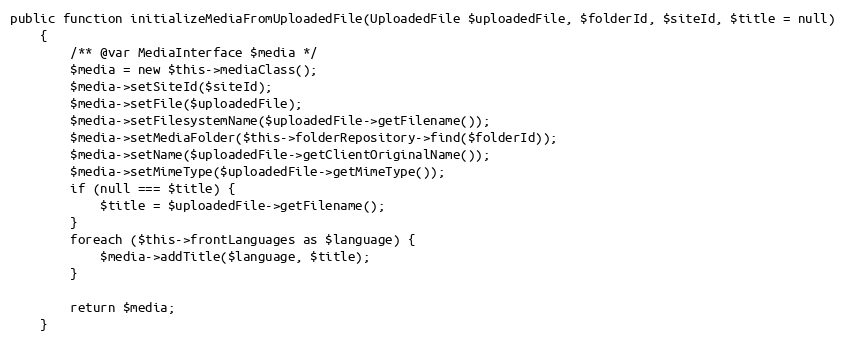
Language: PHP
public function initializeMediaFromUploadedFile(UploadedFile $uploadedFile, $folderId, $siteId, $title = null)
    {
        /** @var MediaInterface $media */
        $media = new $this->mediaClass();
        $media->setSiteId($siteId);
        $media->setFile($uploadedFile);
        $media->setFilesystemName($uploadedFile->getFilename());
        $media->setMediaFolder($this->folderRepository->find($folderId));
        $media->setName($uploadedFile->getClientOriginalName());
        $media->setMimeType($uploadedFile->getMimeType());
        if (null === $title) {
            $title = $uploadedFile->getFilename();
        }
        foreach ($this->frontLanguages as $language) {
            $media->addTitle($language, $title);
        }

        return $media;
    }